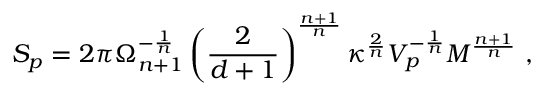
S _ { p } = 2 \pi \Omega _ { n + 1 } ^ { - \frac { 1 } { n } } \left( \frac { 2 } { d + 1 } \right) ^ { \frac { n + 1 } { n } } \kappa ^ { \frac { 2 } { n } } V _ { p } ^ { - \frac { 1 } { n } } M ^ { \frac { n + 1 } { n } } ~ ,